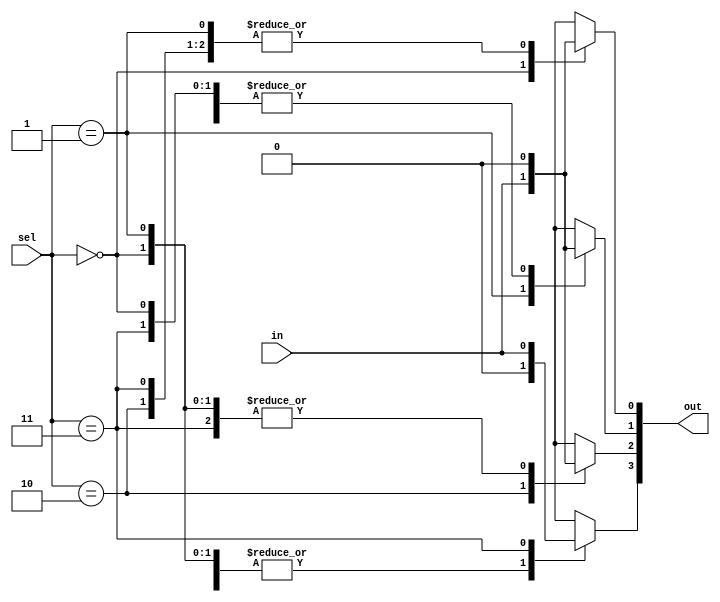

module demux_1to4 (
    input in,
    input [1:0] sel,
    output reg [3:0] out
);
    always @(*) begin
        out = 4'b0000;
        case (sel)
            2'b00: out[0] = in;
            2'b01: out[1] = in;
            2'b10: out[2] = in;
            2'b11: out[3] = in;
            default: out = 4'b0000;  // Default to avoid latches
        endcase
    end
endmodule